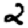
Digit: 2